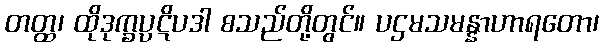
တတ္ထ၊ ထိုဒုက္ခပ္ပဋိပဒါ စသည်တို့တွင်။ ပဌမသမန္နာဟာရတော၊